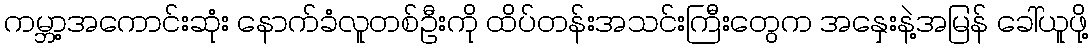
ကမ္ဘာ့အကောင်းဆုံး နောက်ခံလူတစ်ဦးကို ထိပ်တန်းအသင်းကြီးတွေက အနှေးနဲ့အမြန် ခေါ်ယူဖို့